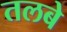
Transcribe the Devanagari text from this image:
तलबे